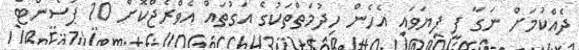
ދެއްކުމަށް ނަގާ ފީ ފިޔަވައި އެހެން ހިދުމަތްތަކުގެ އަގުތައް އެވްރެޖްކޮށް 10 ޕަސެންޓް